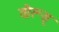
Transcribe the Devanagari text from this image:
तौरूस्